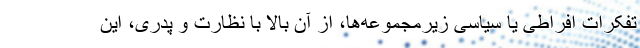
تفکرات افراطی یا سیاسی زیرمجموعه‌ها، از آن بالا با نظارت و پدری، این